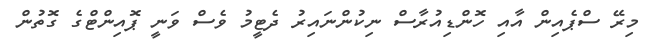
މިރޭ ސްޕެއިން އާއި ހޮންޑިއުރާސް ނިކުންނައިރު ދެޓީމު ވެސް ވަނީ ޕޮއިންޓްގެ ގޮތުން